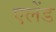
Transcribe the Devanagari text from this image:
एलेंड